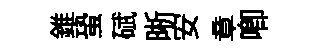
錐蛩碔晰安章唧